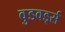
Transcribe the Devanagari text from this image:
वुडवर्ड्स